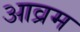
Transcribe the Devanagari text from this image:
आव्रम